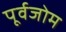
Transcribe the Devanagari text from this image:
पूर्वजोम